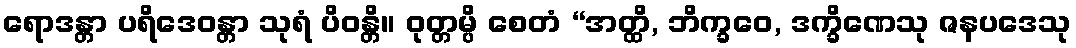
ရောဒန္တာ ပရိဒေဝန္တာ သုရံ ပိဝန္တိ။ ဝုတ္တမ္ပိ စေတံ “အတ္ထိ, ဘိက္ခဝေ, ဒက္ခိဏေသု ဇနပဒေသု